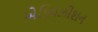
એકિવઝીશન